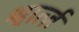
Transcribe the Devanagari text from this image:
श्वार्त्ज़